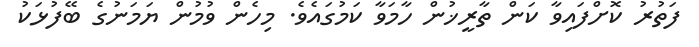
ފަތުރު ކޮށްފައިވާ ކަން ތާރީޚުން ހާމަވާ ކަމުގައެވެ. މިހެން ވުމުން ޔަމަނުގެ ބޭފުޅަކު